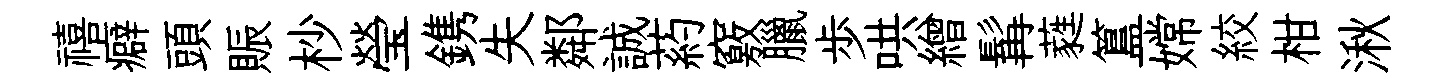
禧癖頭賑杪瑩鎸失鄰誠葯竅臘歩哄繒髯蕤簋嫦絞柑湫